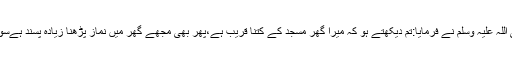
تو حضرت پاک صلی اللہ علیہ وسلم نے فرمایا:تم دیکھتے ہو کہ میرا گھر مسجد کے کتنا قریب ہے،پھر بھی مجھے گھر میں نماز پڑھنا زیادہ پسند ہےسوائے فرض نماز کے۔